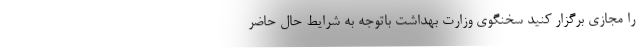
را مجازی برگزار کنید سخنگوی وزارت بهداشت باتوجه به شرایط حال حاضر